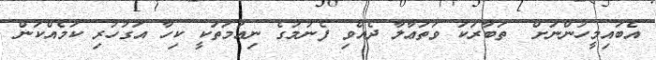
އެބައިމީހުންނަށް  ތަބާރަކަ ވަތަޢާލާ ދެއްވި ފެނުމުގެ ނިޢުމަތަކީ ކިހާ އަގުހުރި ކަމެއްކަން